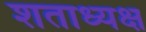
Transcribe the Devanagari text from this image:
शताध्यक्ष